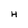
Character: H